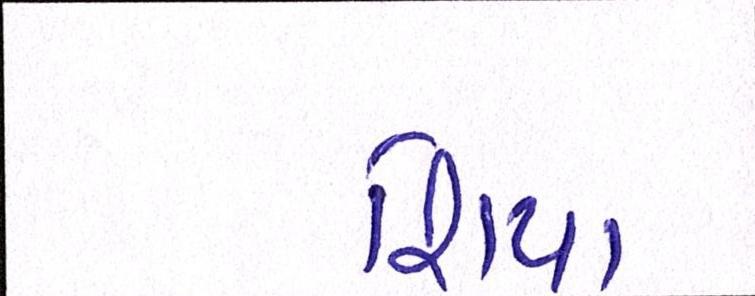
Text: શિયા